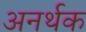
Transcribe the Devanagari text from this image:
अनर्थक